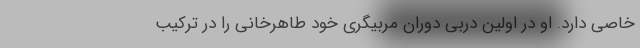
خاصی دارد. او در اولین دربی دوران مربیگری خود طاهرخانی را در ترکیب